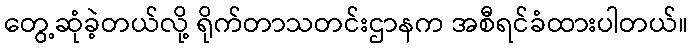
တွေ့ဆုံခဲ့တယ်လို့ ရိုက်တာသတင်းဌာနက အစီရင်ခံထားပါတယ်။